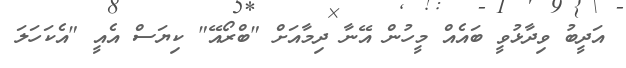
އަދީބު ވިދާޅުވީ ބައެއް މީހުން އޭނާ ދިމާއަށް "ބްރޯއޭ" ކިޔަސް އެއީ "އެކަހަލަ